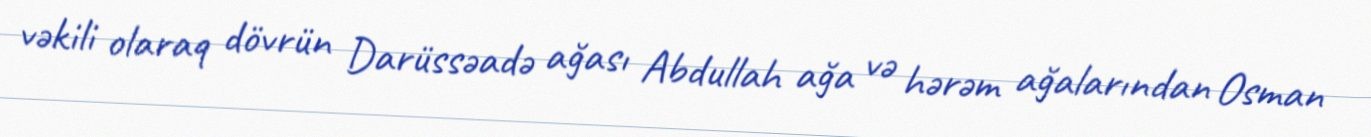
vəkili olaraq dövrün Darüssəadə ağası Abdullah ağa və hərəm ağalarından Osman